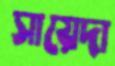
সায়েদা